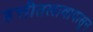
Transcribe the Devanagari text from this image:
हत्तीतलावापासून